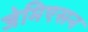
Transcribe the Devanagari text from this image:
जेमिएसन